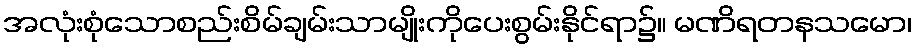
အလုံးစုံသောစည်းစိမ်ချမ်းသာမျိုးကိုပေးစွမ်းနိုင်ရာ၌။ မဏိရတနသမော၊